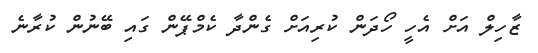
ޒާހިލް އަށް އެހީ ހޯދަން ކުރިއަށް ގެންދާ ކެމްޕޭން ގައި ބޭނުން ކުރާނެ